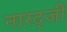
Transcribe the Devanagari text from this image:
नारद्जी